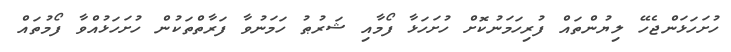
ހުށަހަޅަންޖެހޭ ލިޔުންތައް ފުރިހަމަނުކޮށް ހުށަހަޅާ ފޯމާއި ޝަރުޠު ހަމަނުވާ ފަރާތްތަކުން ހުށަހަޅުއްވާ ފޯމުތައް